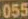
055